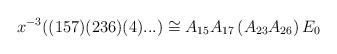
LaTeX: \begin{align*}x^{-3} ((157)(236)(4)...) \cong A_{15}A_{17} \left( A_{23}A_{26} \right) E_0\end{align*}